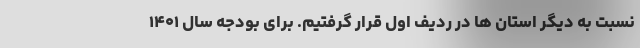
نسبت به دیگر استان ها در ردیف اول قرار گرفتیم. برای بودجه سال ۱۴۰۱